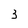
Character: 3